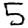
Digit: 5